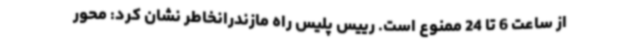
از ساعت 6 تا 24 ممنوع است. رییس پلیس راه مازندرانخاطر نشان کرد: محور